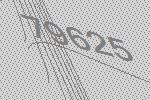
79625